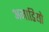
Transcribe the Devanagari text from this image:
अमाडियो